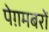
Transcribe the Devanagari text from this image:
पेग़मबरों